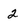
Character: 2